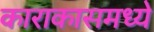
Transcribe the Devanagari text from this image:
काराकासमध्ये